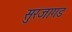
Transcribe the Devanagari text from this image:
सुरजागड